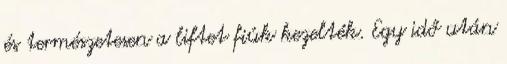
és természetesen a liftet fiúk kezelték. Egy idő után